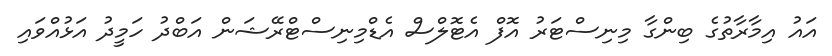
އައު އިމާރާތުގެ ބިންގާ މިނިސްޓަރު އޮފް އެޓޮލްސް އެޑްމިނިސްޓްރޭޝަން އަބްދު ހަމީދު އަޅުއްވައި